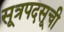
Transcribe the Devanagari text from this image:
सूत्रपदसूची